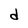
Character: d